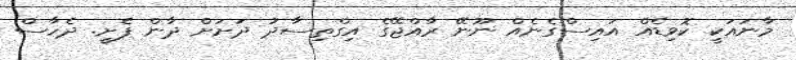
މާނައަކީ ކޮވިޑެއް އައިސްގެނެއް ނޫނޭ ރާއްޖޭގެ އިގްތިސާދު ދަށަށް ދާން ފެށީ. ދެހާސް